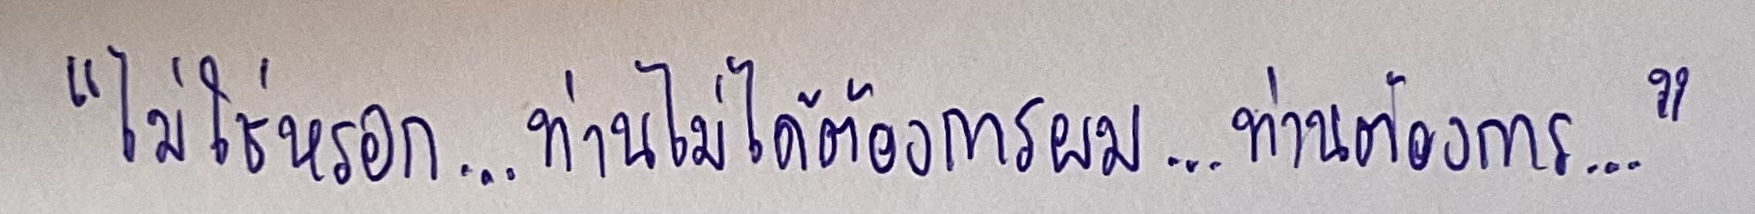
"ไม่ใช่หรอก...ท่านไม่ได้ต้องการผม...ท่านต้องการ..."